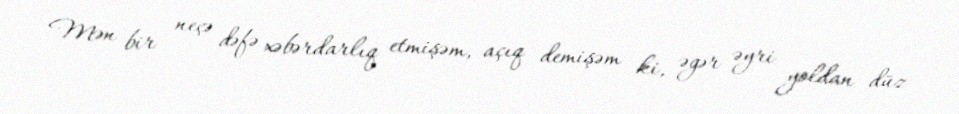
Mən bir neçə dəfə xəbərdarlıq etmişəm, açıq demişəm ki, əgər əyri yoldan düz